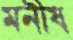
মনীষ